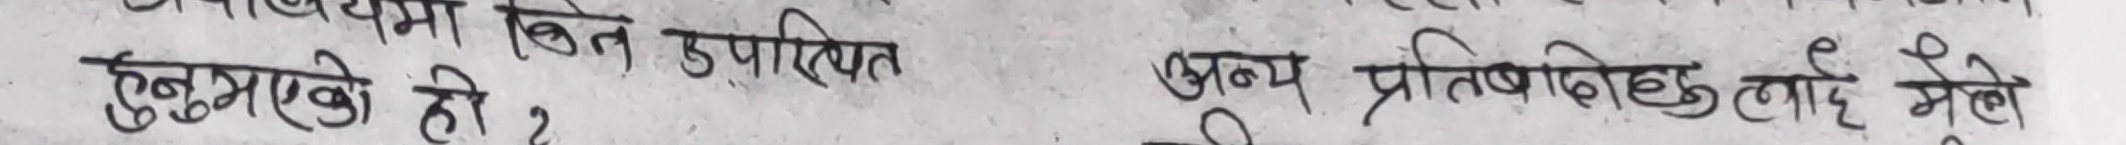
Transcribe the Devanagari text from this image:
उपस्थित
हुनुभएको हो? अन्य प्रतिवादिलाई मैले